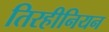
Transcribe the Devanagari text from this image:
तिरहीनियन